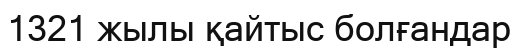
1321 жылы қайтыс болғандар